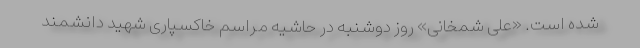
شده‌ است. «علی شمخانی» روز دوشنبه در حاشیه مراسم خاکسپاری شهید دانشمند